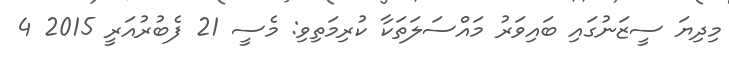
މިދިޔަ ސީޒަނުގައި ބައިވަރު މައްސަލަތަކާ ކުރިމަތިވި: މެސީ 21 ފެބުރުއަރީ 2015 4